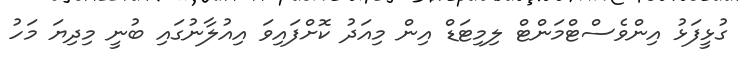
ގުޅީފަޅު އިންވެސްޓްމަންޓް ލިމިޓަޑް އިން މިއަދު ކޮށްފައިވަ އިއުލާނުގައި ބުނީ މިދިޔަ މަހު